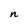
Character: n